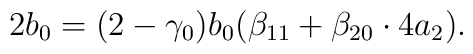
2 b_0 = (2-\gamma_0) b_0 ( \beta_{11}  + \beta_{20} \cdot 4 a_2).